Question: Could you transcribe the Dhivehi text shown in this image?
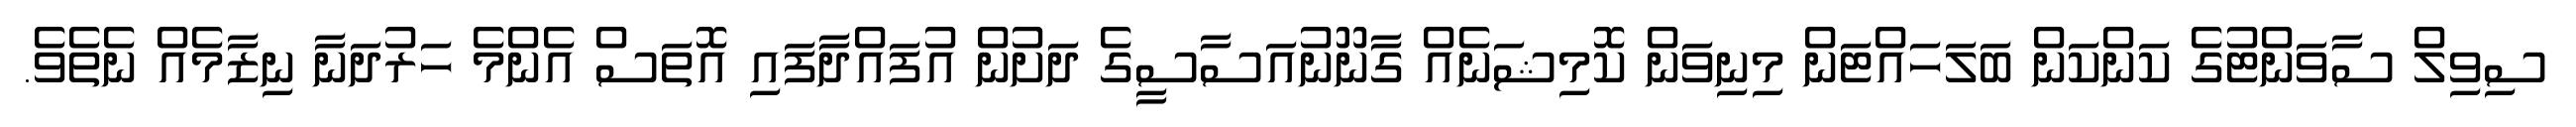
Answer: ސިވިލް ސާވަންޓުގެ ކަންކަން ބަލަހައްޓަން މިނިވަން ކޮމިޝަނެއް ގާނޫނުއަސާސީގެ ދަށުން އުފައްދާފައި އޮތަސް އެންމެ ހަރުދަނާ ނިޒާމެއް ނެތެވެ.